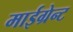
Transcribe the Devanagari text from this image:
माईग्रेन्ट